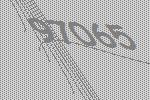
97065